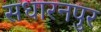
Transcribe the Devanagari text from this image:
सधारनपुर